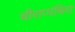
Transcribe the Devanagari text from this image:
चीराप्पंचिरा